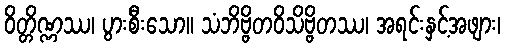
ဝိတ္တိဏ္ဏဿ၊ ပွားစီးသော။ သံဘိဗ္ဗိတဝိသိဗ္ဗိတဿ၊ အရင်းနှင့်အဖျား၊